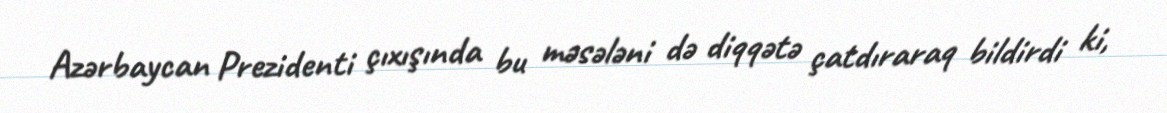
Azərbaycan Prezidenti çıxışında bu məsələni də diqqətə çatdıraraq bildirdi ki,